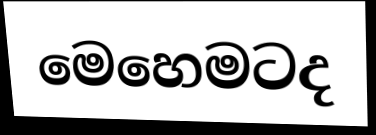
මෙහෙමටද